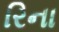
રિના